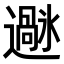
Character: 𫑌